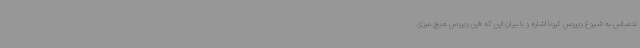
ندعباس به شیوع ویروس کرونا اشاره و با بیان این که «این ویروس هیچ مرزی